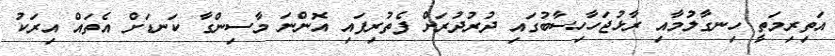
އަތިރިމަތީ ހިނގާލުމާއި ރާޅުޖަހާހިސާބުގައި ދުރުދުރަށް ފެތުރިފައި އޮންނަ މާސިންގާ ކަނޑަށް އެތައް އިރަކު